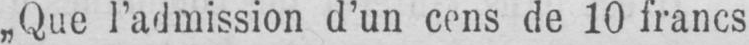
„Que l’admission d’un cens de 10 francs